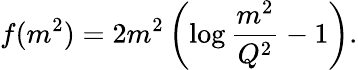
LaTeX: f(m^{2})=2m^{2}\left(\log\frac{m^{2}}{Q^{2}}-1\right).